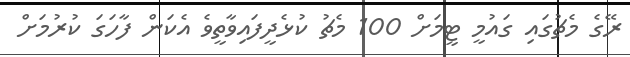
ރޭގެ މެޗުގައި ގައުމީ ޓީމަށް 100 މެޗު ކުޅެދީފައިވާތީވެ އެކަން ފާހަގަ ކުރުމަށް